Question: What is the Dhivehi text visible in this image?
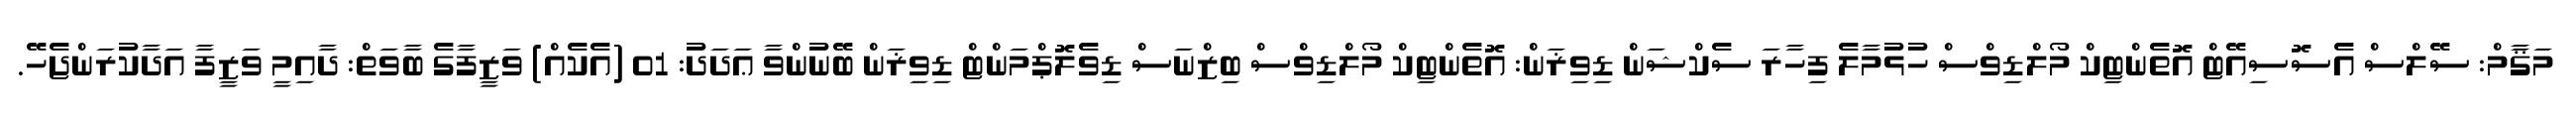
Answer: މަޤާމް: ސޭލްސް އެސޮސިއޭޓް އޮތެންޓިކް މޯލްޑިވްސް ހުޅުމާލެ ފިހާރަ ސެކްޝަން ޑިވިޜަން: އޮތެންޓިކް މޯލްޑިވްސް ބިޒްނަސް ޑިވެލޮޕްމަންޓް ޑިވިޜަން ބޭނުންވާ ޢަދަދު: 01 (އެކެއް) ވަޒީފާގެ ބާވަތް: ދާއިމީ ވަޒީފާ އަދާކުރަންޖެހޭ.